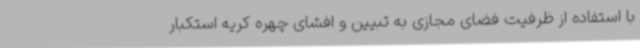
با استفاده از ظرفیت فضای مجازی به تبیین و افشای چهره کریه استکبار